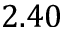
2 . 4 0